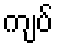
ကျပ်